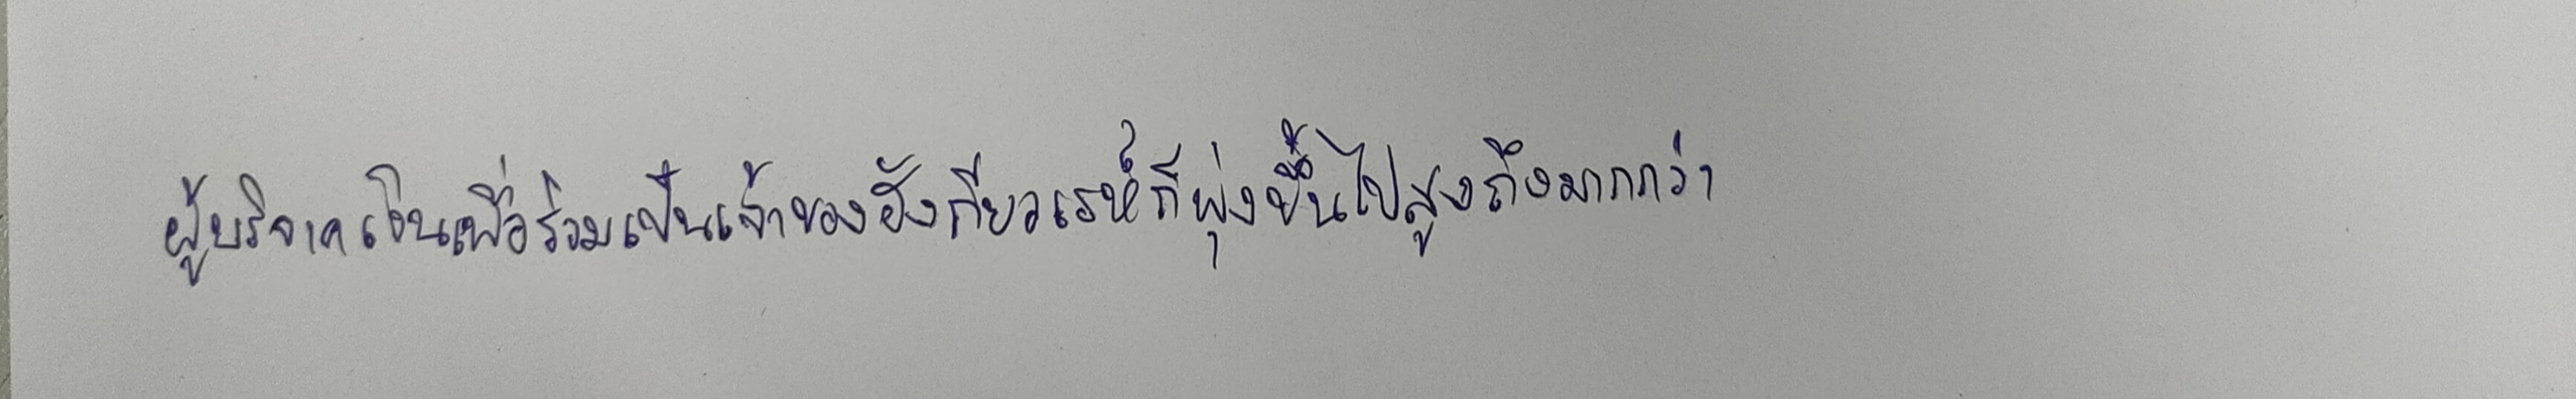
ผู้บริจาคเงินเพื่อร่วมเป็นเจ้าของฮังกียวเรห์ก็พุ่งขึ้นไปสูงถึงมากกว่า